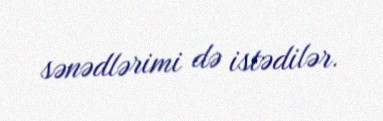
sənədlərimi də istədilər.